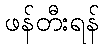
ဖန်တီးရန်